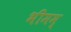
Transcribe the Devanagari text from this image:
भीमम्